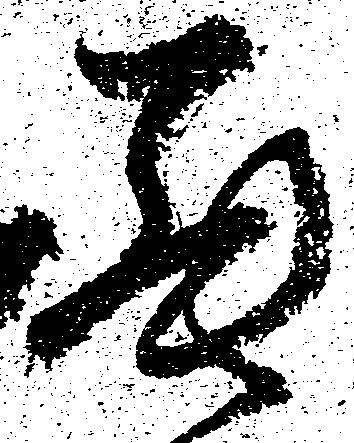
罷